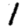
Digit: 1